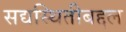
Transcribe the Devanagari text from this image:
सद्यस्थितीबद्दल